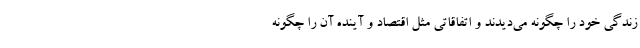
زندگی خود را چگونه می‌دیدند و اتفاقاتی مثل اقتصاد و آینده آن را چگونه